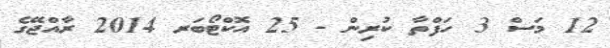
12 މަސް 3 ހަފްތާ ކުރިން - 25 އޮކްޓޯބަރ 2014 ރާއްޖޭގެ